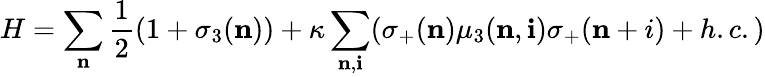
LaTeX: H=\sum_{\mathbf n}\frac{1}{2}(1+\sigma_{3}({\mathbf n}))+\kappa\sum_{{\mathbf n},{\mathbf i}}(\sigma_{+}({\mathbf n})\mu_{3}({\mathbf n},{\mathbf i})\sigma_{+}({\mathbf n+i})+h.c.)